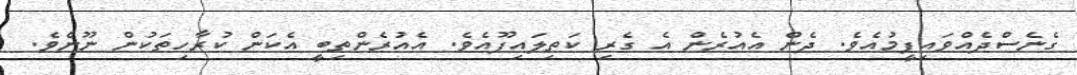
ގެނެސްދެއްވައިފީމުއެވެ. ދެން އެއުރެން އެ ގެރި ކަތިލައިފޫއެވެ. އެއުރެންތިބީ އެކަން ކުރާހިތަކުން ނޫނެވެ.